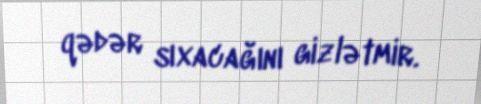
qədər sıxacağını gizlətmir.